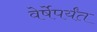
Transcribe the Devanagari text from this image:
वेर्षेपर्यंत